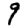
Digit: 9